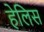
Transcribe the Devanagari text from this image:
हेलिस